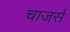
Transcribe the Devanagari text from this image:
चाजर्स